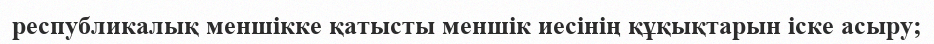
республикалық меншікке қатысты меншік иесінің құқықтарын іске асыру;